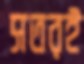
সতরই